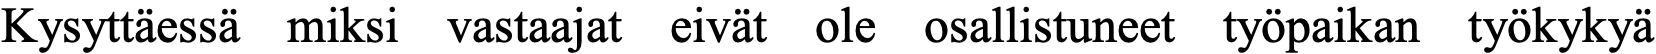
Kysyttäessä miksi vastaajat eivät ole osallistuneet työpaikan työkykyä